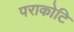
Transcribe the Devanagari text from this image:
पराकोटि